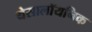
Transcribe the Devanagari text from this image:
थेसालॉयनिक